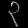
Digit: ၃